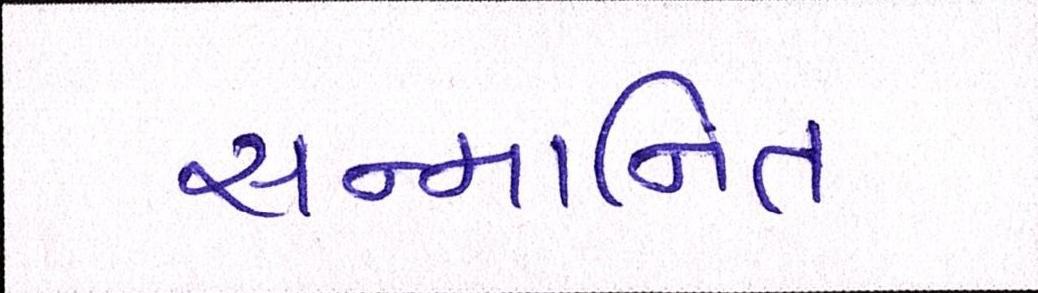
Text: સન્માનિત